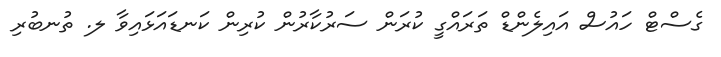
ގެސްޓް ހައުސް އައިލެންޑް ތަރައްގީ ކުރަން ސަރުކާރުން ކުރިން ކަނޑައަޅައިވާ ލ. ތުނބުރި